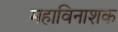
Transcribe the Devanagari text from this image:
महाविनाशक